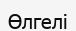
Өлгелі